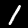
Label: 1